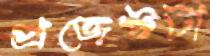
প্রজেক্টটা